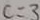
c = 3